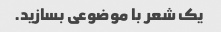
یک شعر با موضوعی بسازید.